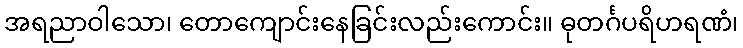
အရညာဝါသော၊ တောကျောင်းနေခြင်းလည်းကောင်း။ ဓုတင်္ဂပရိဟရဏံ၊